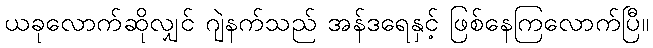
ယခုလောက်ဆိုလျှင် ဂျဲနက်သည် အန်ဒရေနှင့် ဖြစ်နေကြလောက်ပြီ။